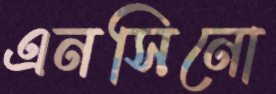
এনসিনো